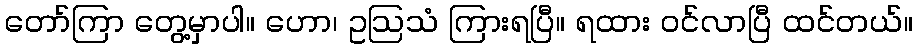
တော်ကြာ တွေ့မှာပါ။ ဟော၊ ဥဩသံ ကြားရပြီ။ ရထား ဝင်လာပြီ ထင်တယ်။